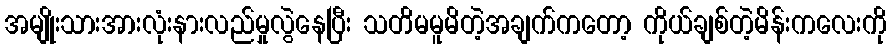
အမျိုးသားအားလုံးနားလည်မှုလွဲနေပြီး သတိမမူမိတဲ့အချက်ကတော့ ကိုယ်ချစ်တဲ့မိန်းကလေးကို